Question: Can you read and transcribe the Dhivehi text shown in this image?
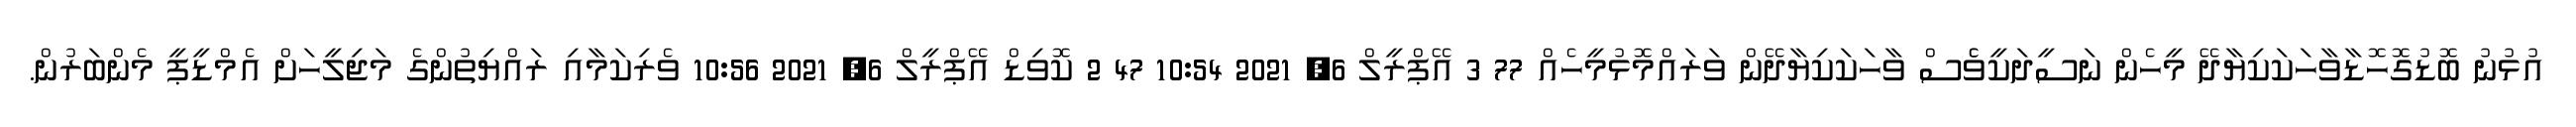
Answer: އުޅުނު ބޮޑުގޮހޮޑާވާހަކަކިޔާދޭ މީހެން ނަސީދަކީވެެސް ވާހަކަކިޔާދޭން ވަރައްމޮޅުމީހެއް 77 3 އޭޕްރީލް 6, 2021 10:54 47 2 ކޮވިޑް އޭޕްރީލް 6, 2021 10:56 ވެރިކަމާއި ރައްޔިތުންގެ މަޖިލީހަށް އެމްޑީޕީ މެންބަރުން.